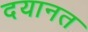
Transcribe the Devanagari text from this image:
दयानत